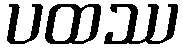
ပထဿ